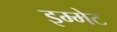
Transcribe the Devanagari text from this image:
इम्मेट